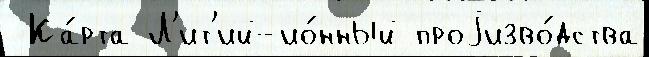
 Ка́рта Л'ит'ий-ио́нный проjизво́дства